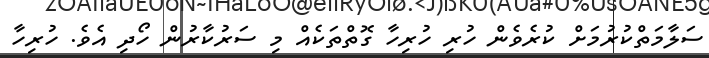
ސަލާމަތްކުރުމަށް ކުރެވެން ހުރި ހުރިހާ ގޮތްތަކެއް މި ސަރުކާރުން ހޯދި އެވެ. ހުރިހާ